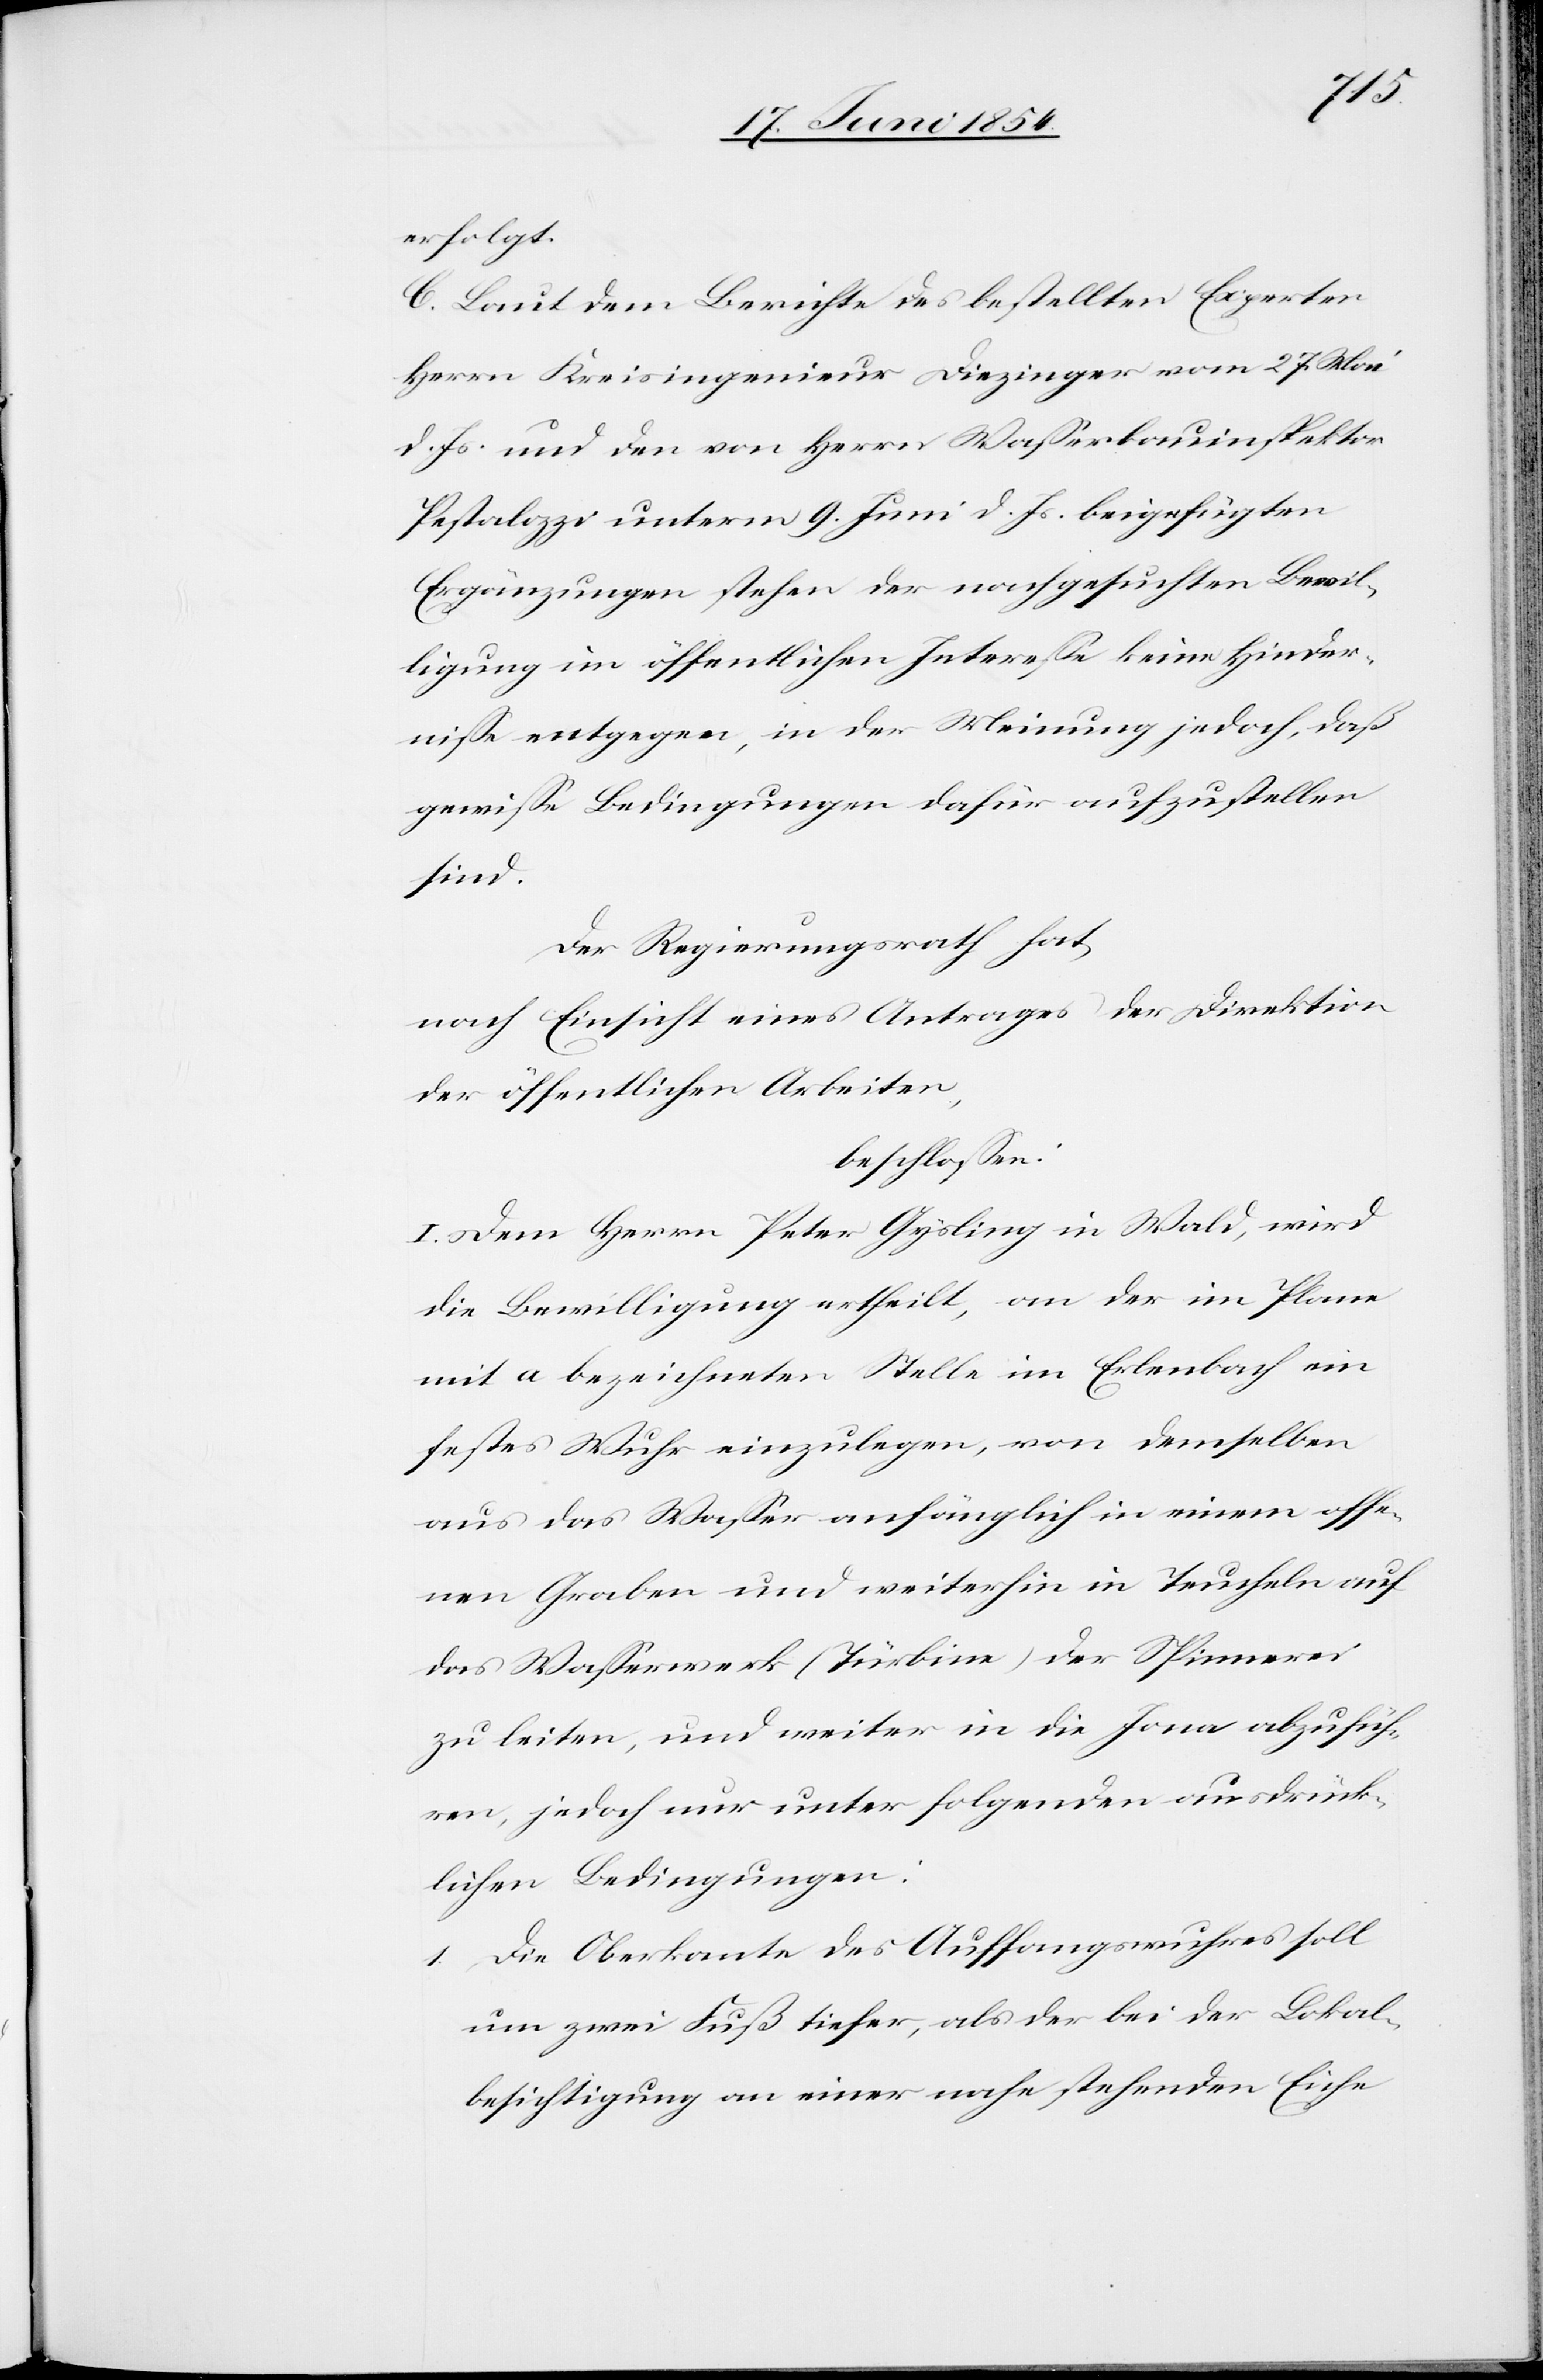
erfolgt.
C. Laut dem Berichte des bestellten Experten
Herrn Kreisingenieur Diezinger vom 27. Mai
d. Js. und den von Herrn Waßerbauinspektor
Pestalozzi unterm 9. Juni d. Js. beigefügten
Ergänzungen stehen der nachgesuchten Bewil¬
ligung im öffentlichen Intereße keine Hinder¬
niße entgegen, in der Meinung jedoch, daß
gewiße Bedingungen dafür aufzustellen
sind.
Der Regierungsrath hat,
nach Einsicht eines Antrages der Direktion
der öffentlichen Arbeiten,
beschloßen:
I. Dem Herrn Peter Gysling in Wald, wird
die Bewilligung ertheilt, an der im Plane
mit a bezeichneten Stelle im Erlenbach ein
festes Wuhr einzulegen, von demselben
aus das Waßer anfänglich in einem offe¬
nen Graben und weiterhin in Teucheln auf
das Waßerwerk (Turbine) der Spinnerei
zu leiten, und weiter in die Jona abzufüh¬
ren, jedoch nur unter folgenden ausdrück¬
lichen Bedingungen:
a. Die Oberkante des Auffangwuhres soll
um zwei Fuß tiefer, als der bei der Lokal¬
besichtigung an einer nahe stehenden Eiche